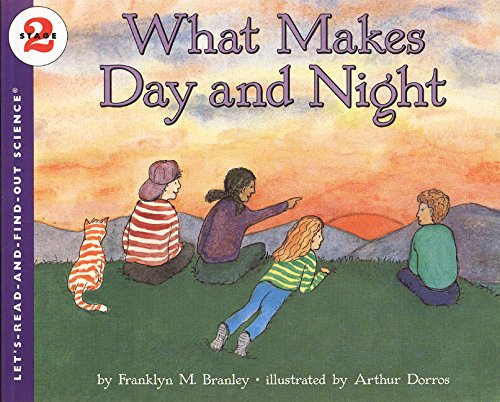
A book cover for What Makes Day and Night (Let's-Read-and-Find-Out Science 2); Franklyn M. Branley; Science & Math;